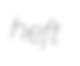
heft